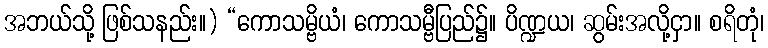
အဘယ်သို့ ဖြစ်သနည်း။) “ကောသမ္ဗိယံ၊ ကောသမ္ဗီပြည်၌။ ပိဏ္ဍယ၊ ဆွမ်းအလို့ငှာ။ စရိတုံ၊